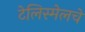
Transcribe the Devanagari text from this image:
टेलिस्मेलचे